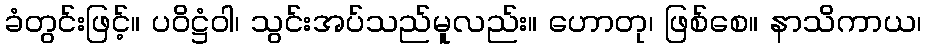
ခံတွင်းဖြင့်။ ပဝိဋ္ဌံဝါ၊ သွင်းအပ်သည်မူလည်း။ ဟောတု၊ ဖြစ်စေ။ နာသိကာယ၊